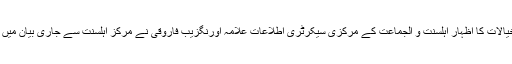
ان خیالات کا اظہار اہلسنّت و الجماعت کے مرکزی سیکرٹری اطلاعات علامہ اورنگزیب فاروقی نے مرکز اہلسنّت سے جاری بیان میں کیا۔